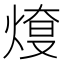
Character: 𤋓